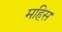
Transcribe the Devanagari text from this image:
महिस